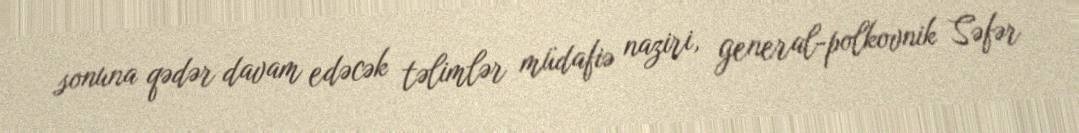
sonuna qədər davam edəcək təlimlər müdafiə naziri, general-polkovnik Səfər